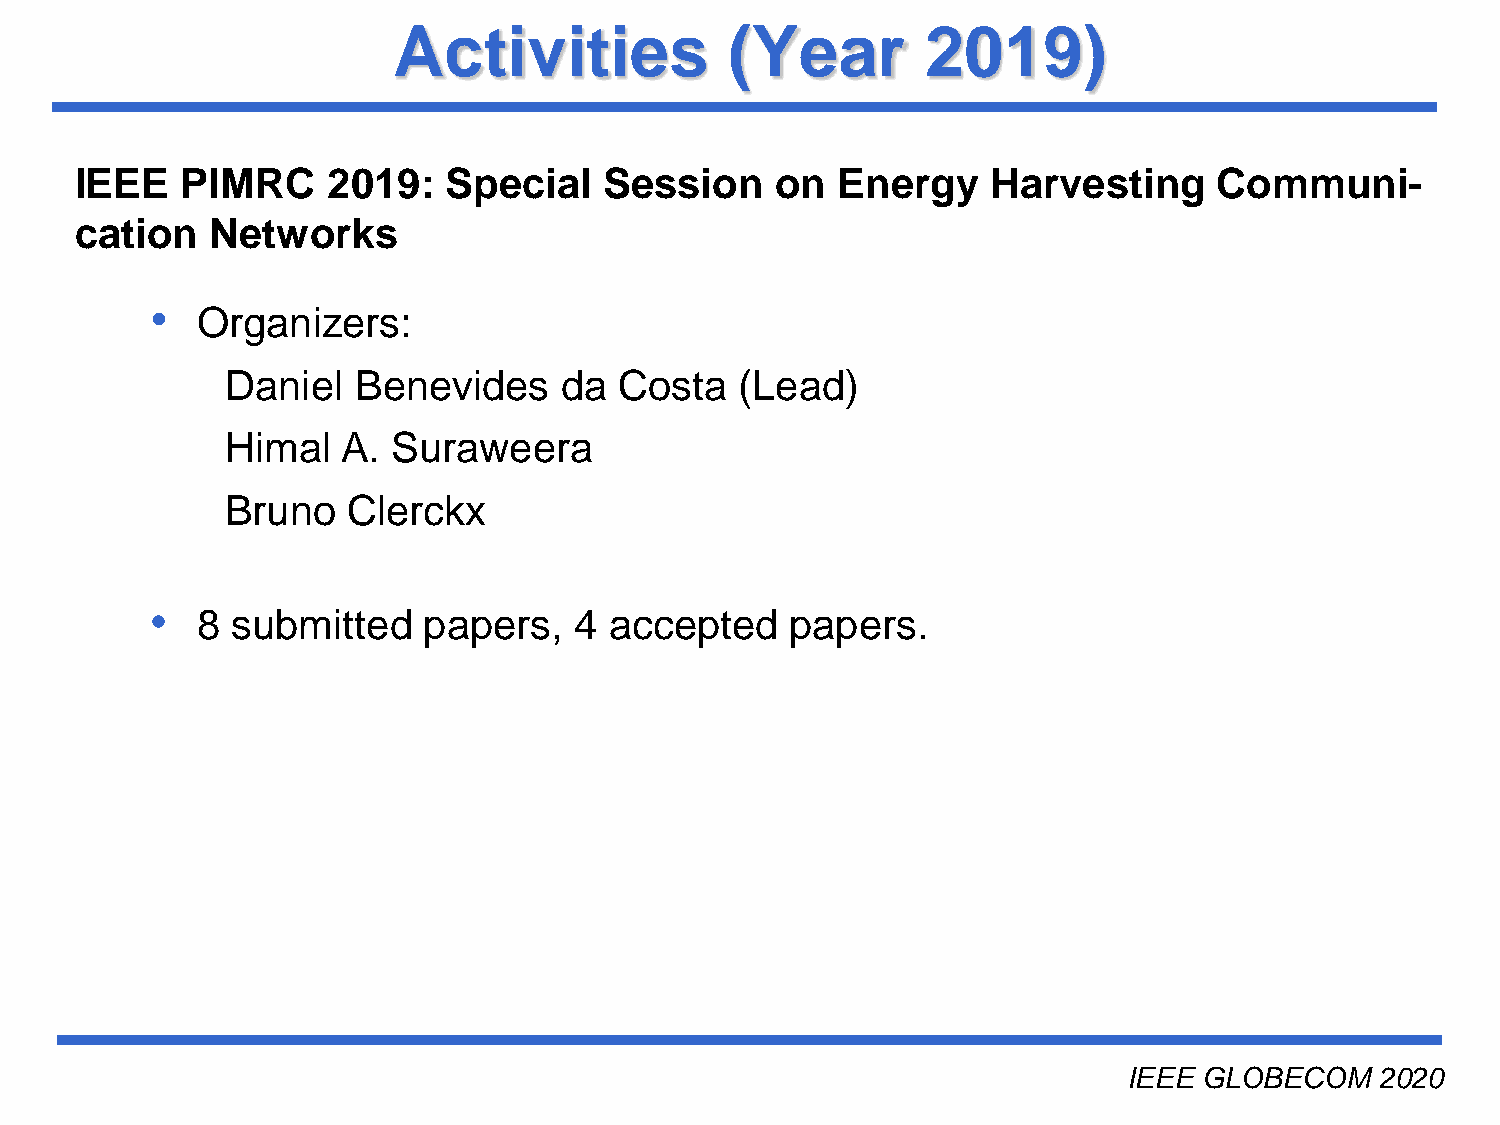
Activities            (Year        2019)
 IEEE   PIMRC     2019:  Special    Session    on  Energy     Harvesting     Communi-
 cation   Networks
 •
 Organizers:
 Daniel  Benevides     da  Costa   (Lead)
 Himal   A. Suraweera
 Bruno   Clerckx
 •
 8 submitted    papers,   4 accepted    papers.
 Université du Québec
 IEEE GLOBECOM   2020
 INRS-EMT